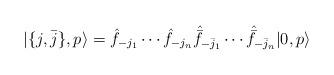
LaTeX: \begin{align*}|\{ j,\bar j\},p\rangle = \hat f_{-j_1}\cdots \hat f_{-j_n}\hat{ \bar{f}}_{-\bar{j}_1}\cdots \hat{\bar{f}}_{-\bar{j}_n} |0,p\rangle\end{align*}